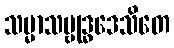
သမ္မာသမ္ဗုဒ္ဓဒေသိတေ